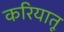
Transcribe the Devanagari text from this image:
करियातू